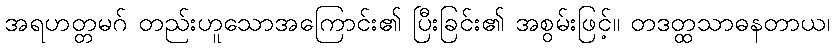
အရဟတ္တမဂ် တည်းဟူသောအကြောင်း၏ ပြီးခြင်း၏ အစွမ်းဖြင့်။ တဒတ္ထသာဓနတာယ၊